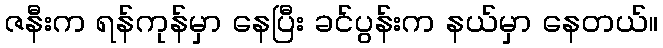
ဇနီးက ရန်ကုန်မှာ နေပြီး ခင်ပွန်းက နယ်မှာ နေတယ်။